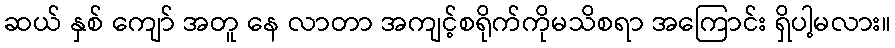
ဆယ် နှစ် ကျော် အတူ နေ လာတာ အကျင့်စရိုက်ကိုမသိစရာ အကြောင်း ရှိပါ့မလား။